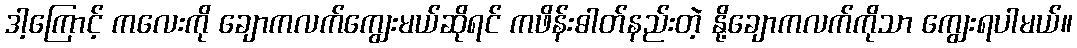
ဒါ့ကြောင့် ကလေးကို ချောကလက်ကျွေးမယ်ဆိုရင် ကဖိန်းဓါတ်နည်းတဲ့ နို့ချောကလက်ကိုသာ ကျွေးရပါမယ်။